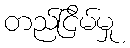
တည်ငြိမ်မှု